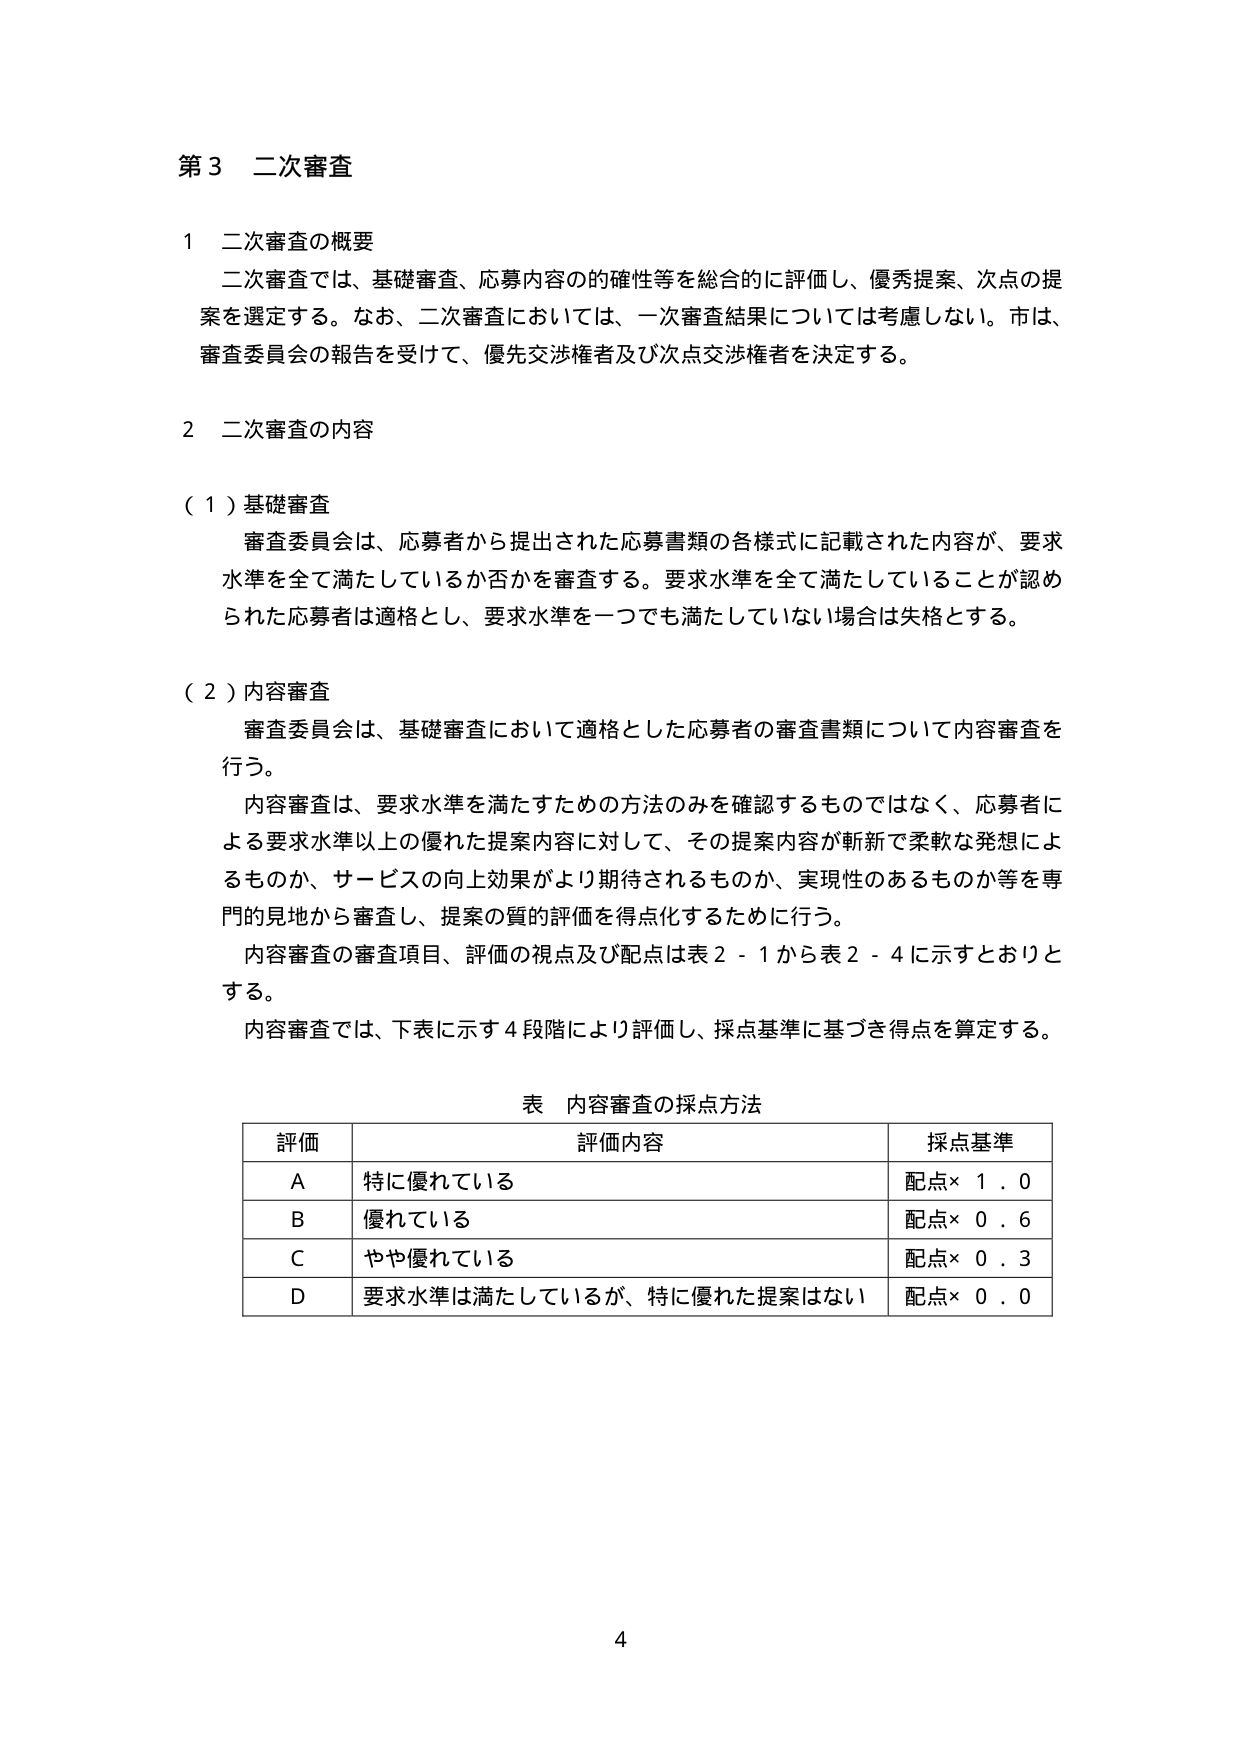
第３ 二次審査

１ 二次審査の概要
二次審査では、基礎審査、応募内容の的確性等を総合的に評価し、優秀提案、次点の提案を選定する。なお、二次審査においては、一次審査結果については考慮しない。市は、審査委員会の報告を受けて、優先交渉権者及び次点交渉権者を決定する。

２ 二次審査の内容

（１）基礎審査
審査委員会は、応募者から提出された応募書類の各様式に記載された内容が、要求水準を全て満たしているか否かを審査する。要求水準を全て満たしていることが認められた応募者は適格とし、要求水準を一つでも満たしていない場合は失格とする。

（２）内容審査
審査委員会は、基礎審査において適格とした応募者の審査書類について内容審査を行う。
内容審査は、要求水準を満たすための方法のみを確認するものではなく、応募者による要求水準以上の優れた提案内容に対して、その提案内容が斬新で柔軟な発想によるものか、サービスの向上効果がより期待されるものか、実現性のあるものか等を専門的見地から審査し、提案の質的評価を得点化するために行う。
内容審査の審査項目、評価の視点及び配点は表２－１から表２－４に示すとおりとする。
内容審査では、下表に示す４段階により評価し、採点基準に基づき得点を算定する。

表 内容審査の採点方法

評価　　評価内容　　　　　　　　　　　　　　採点基準
A　　特に優れている　　　　　　　　　　　　配点×１．０
B　　優れている　　　　　　　　　　　　　　配点×０．６
C　　やや優れている　　　　　　　　　　　　配点×０．３
D　　要求水準は満たしているが、特に優れた提案はない　配点×０．０

4